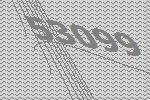
53099